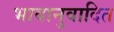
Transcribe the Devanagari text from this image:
भावानुवादित